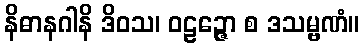
နိဓာနဂါနိ ဒိဝသ၊ ဝဠဉ္ဇော စ ဒသမ္ဗဏံ။